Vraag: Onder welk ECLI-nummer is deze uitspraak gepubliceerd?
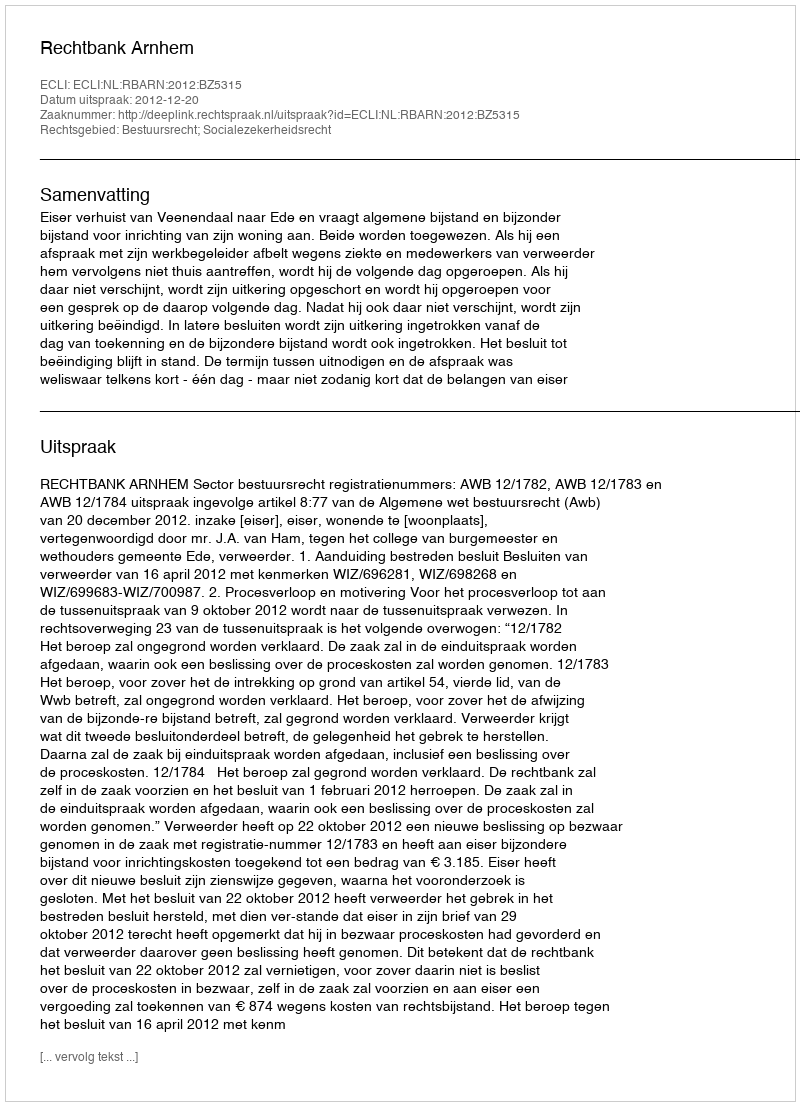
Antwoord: ECLI:NL:RBARN:2012:BZ5315